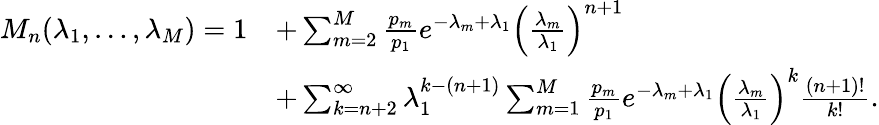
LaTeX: \begin{array}{rl}{M_{n}(\lambda_{1},\dots,\lambda_{M})=1}&{+\sum_{m=2}^{M}\frac{p_{m}}{p_{1}}e^{-\lambda_{m}+\lambda_{1}}\left(\frac{\lambda_{m}}{\lambda_{1}}\right)^{n+1}}\\ &{+\sum_{k=n+2}^{\infty}\lambda_{1}^{k-(n+1)}\sum_{m=1}^{M}\frac{p_{m}}{p_{1}}e^{-\lambda_{m}+\lambda_{1}}\left(\frac{\lambda_{m}}{\lambda_{1}}\right)^{k}\frac{(n+1)!}{k!}.}\end{array}